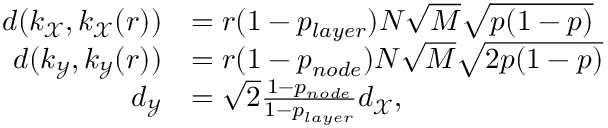
\begin{array} { r l } { d ( k _ { \mathcal { X } } , k _ { \mathcal { X } } ( r ) ) } & { = r ( 1 - p _ { l a y e r } ) N \sqrt { M } \sqrt { p ( 1 - p ) } } \\ { d ( k _ { \mathcal { Y } } , k _ { \mathcal { Y } } ( r ) ) } & { = r ( 1 - p _ { n o d e } ) N \sqrt { M } \sqrt { 2 p ( 1 - p ) } } \\ { d _ { \mathcal { Y } } } & { = \sqrt { 2 } \frac { 1 - p _ { n o d e } } { 1 - p _ { l a y e r } } d _ { \mathcal { X } } , } \end{array}